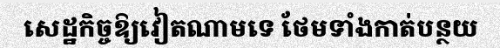
សេដ្ឋកិច្ចឱ្យវៀតណាមទេ ថែមទាំងកាត់បន្ថយ